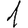
Digit: 1